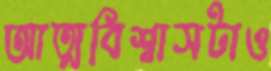
আত্মবিশ্বাসটাও